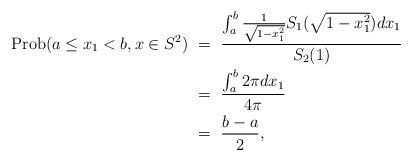
LaTeX: \begin{align*}{\rm Prob}(a\leq x_1<b,x\in S^2) &\ = \ \frac{\int_a^b\frac{1}{\sqrt{1-x_1^2}}S_{1}(\sqrt{1-x_1^2}) dx_1}{S_2(1)}\\&\ = \ \frac{\int_a^b2\pi dx_1}{4\pi }\\&\ = \ \frac{b-a}{2},\end{align*}